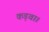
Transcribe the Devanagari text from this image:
कड़वा।